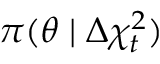
\pi ( \theta \mid \Delta \chi _ { t } ^ { 2 } )